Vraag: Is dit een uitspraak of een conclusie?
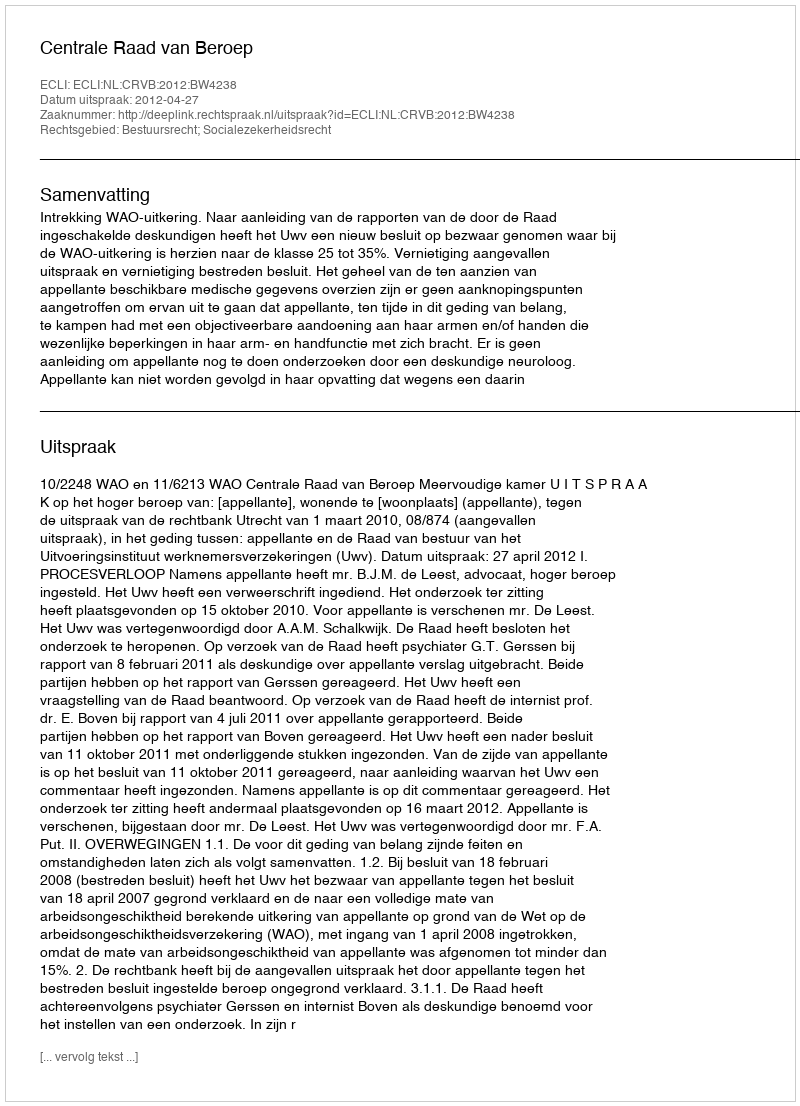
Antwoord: Uitspraak